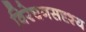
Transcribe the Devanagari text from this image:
विरेचनसदृश्य